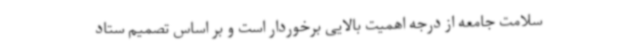
سلامت جامعه از درجه اهمیت بالایی برخوردار است و بر اساس تصمیم ستاد